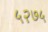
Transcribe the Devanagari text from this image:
५२७५